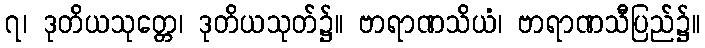
၇၊ ဒုတိယသုတ္တေ၊ ဒုတိယသုတ်၌။ ဗာရာဏသိယံ၊ ဗာရာဏသီပြည်၌။